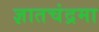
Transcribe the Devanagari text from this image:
ज्ञातचंद्रमा